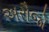
અરૌજો